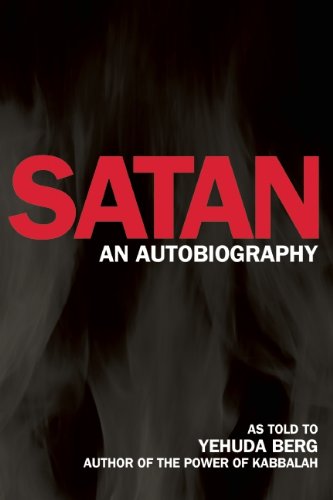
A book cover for Satan: An Autobiography; Religion & Spirituality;